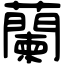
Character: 蘭